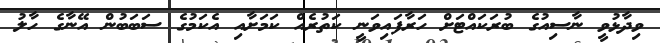
ވިދާޅުވީ ނާސިއުގެ ބުރަކައްޓަށް ހަރާފައިވަނީ ކަތުރެއް ކަމަށާއި އެކަމުގެ ސަބަބުން އޭނާގެ ހާލު